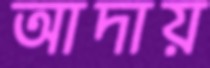
আদায়